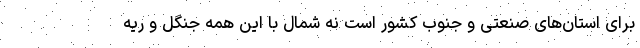
برای استان‌های صنعتی و جنوب کشور است نه شمال با این همه جنگل‌ و ریه